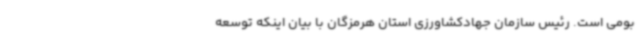
بومی است. رئیس سازمان جهادکشاورزی استان هرمزگان با بیان اینکه توسعه